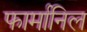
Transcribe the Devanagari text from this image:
फार्मानिल